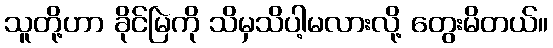
သူတို့ဟာ ခိုင်မြဲကို သိမှသိပါ့မလားလို့ တွေးမိတယ်။